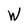
Character: W